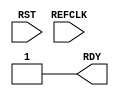
module IDELAYCTRL (
    input  RST,
    input  REFCLK,
    output RDY
);
assign RDY = 1'b1;
endmodule